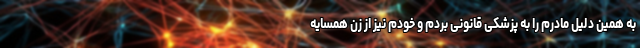
به همین دلیل مادرم را به پزشکی قانونی بردم و خودم نیز از زن همسایه